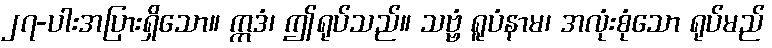
၂၇-ပါးအပြားရှိသော။ ဣဒံ၊ ဤရုပ်သည်။ သဗ္ဗံ ရူပံနာမ၊ အလုံးစုံသော ရုပ်မည်